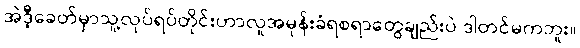
အဲဒီ့ခေတ်မှာသူ့လုပ်ရပ်တိုင်းဟာလူအမုန်းခံရစရာတွေချည်းပဲ ဒါတင်မကဘူး။